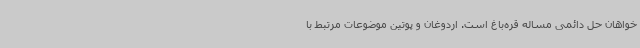
خواهان حل دائمی مساله قره‌باغ است. اردوغان و پوتین موضوعات مرتبط با